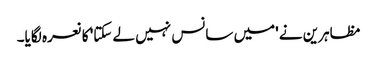
مظاہرین نے 'میں سانس نہیں لے سکتا' کا نعرہ لگایا۔